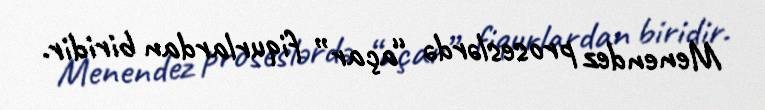
Menendez proseslərdə “açar” fiqurlardan biridir.